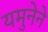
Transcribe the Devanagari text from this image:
यमुनेने